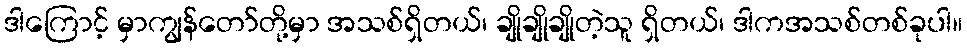
ဒါကြောင့် မှာကျွန်တော်တို့မှာ အသစ်ရှိတယ်၊ ချိုချိုချိုတဲ့သူ ရှိတယ်၊ ဒါကအသစ်တစ်ခုပါ။